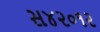
સ૪૨૦૧૨